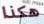
هكذا